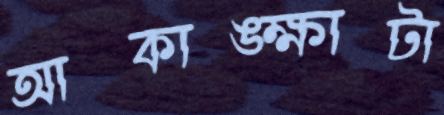
আকাঙ্ক্ষাটা